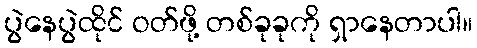
ပွဲနေပွဲထိုင် ဝတ်ဖို့ တစ်ခုခုကို ရှာနေတာပါ။